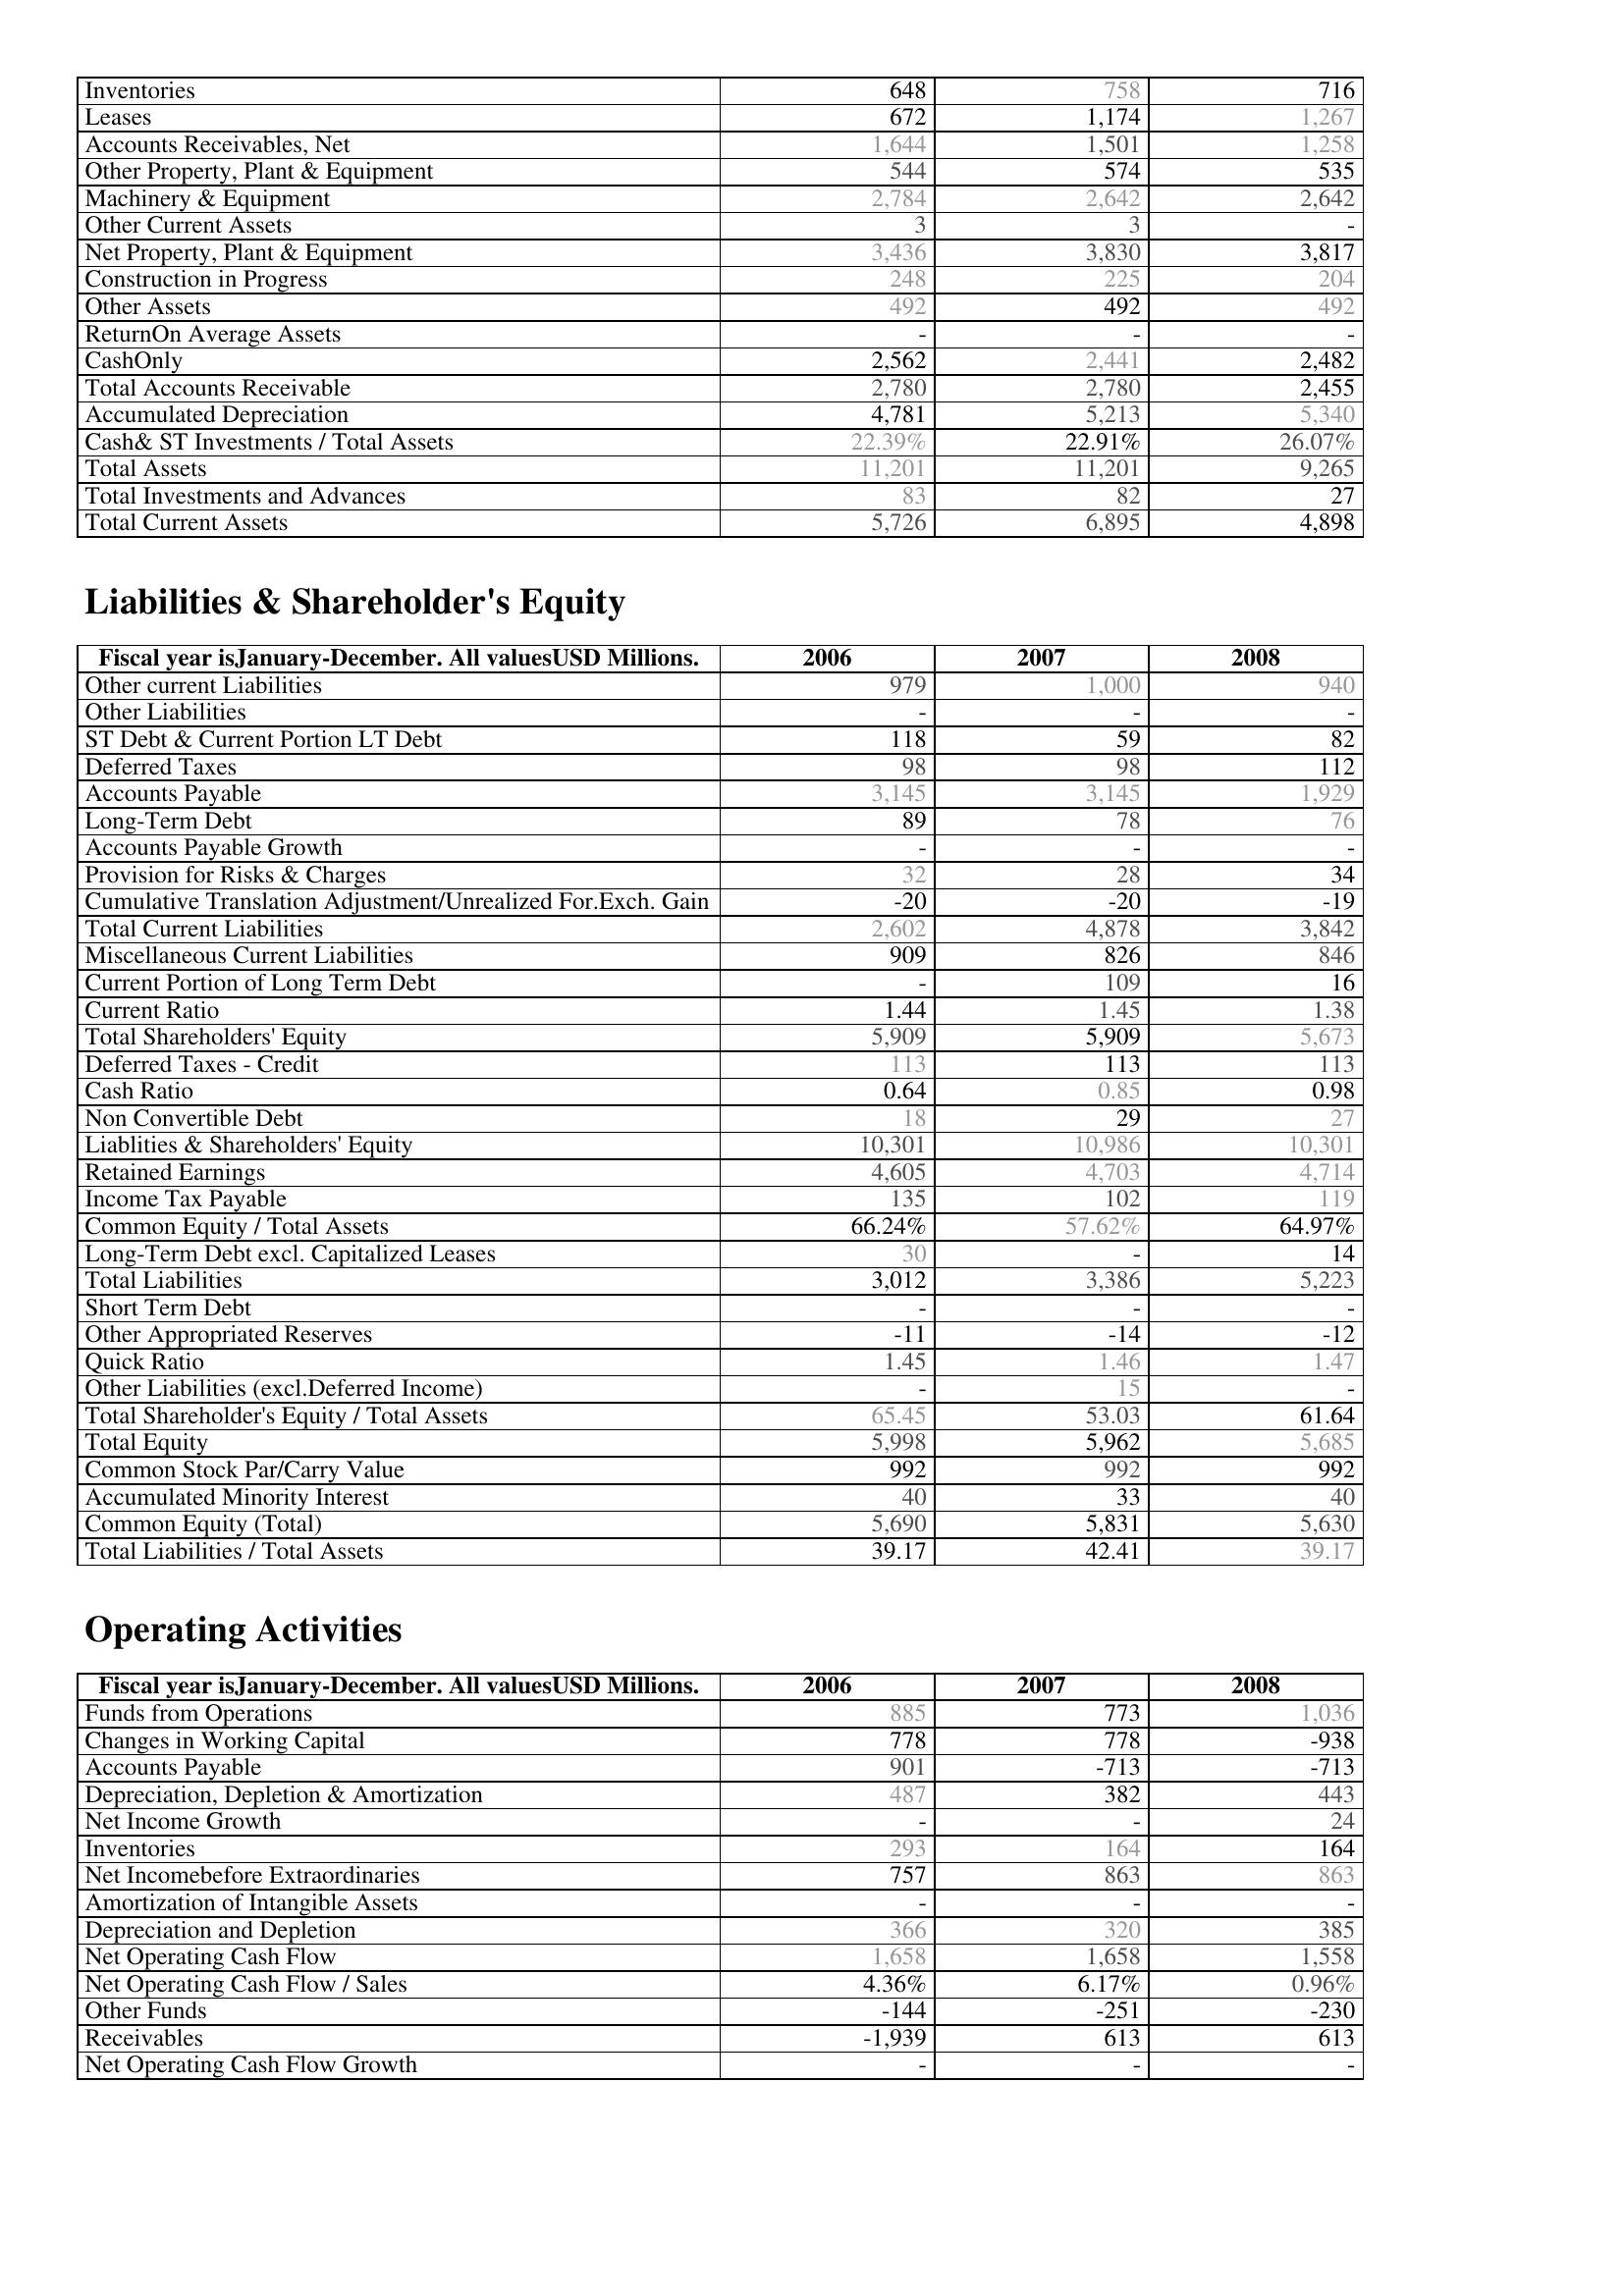
2006: Assets: Inventories: 648
Leases: 672
Accounts Receivables, Net: 1,644
Other Property, Plant & Equipment: 544
Machinery & Equipment: 2,784
Other Current Assets: 3
Net Property, Plant & Equipment: 3,436
Construction in Progress: 248
Other Assets: 492
ReturnOn Average Assets: -
CashOnly: 2,562
Total Accounts Receivable: 2,780
Accumulated Depreciation: 4,781
Cash& ST Investments / Total Assets: 22.39%
Total Assets: 11,201
Total Investments and Advances: 83
Total Current Assets: 5,726
Liabilities & Shareholder's Equity: Other current Liabilities: 979
Other Liabilities: -
ST Debt & Current Portion LT Debt: 118
Deferred Taxes: 98
Accounts Payable: 3,145
Long-Term Debt: 89
Accounts Payable Growth: -
Provision for Risks & Charges: 32
Cumulative Translation Adjustment/Unrealized For.Exch. Gain: -20
Total Current Liabilities: 2,602
Miscellaneous Current Liabilities: 909
Current Portion of Long Term Debt: -
Current Ratio: 1.44
Total Shareholders' Equity: 5,909
Deferred Taxes - Credit: 113
Cash Ratio: 0.64
Non Convertible Debt: 18
Liablities & Shareholders' Equity: 10,301
Retained Earnings: 4,605
Income Tax Payable: 135
Common Equity / Total Assets: 66.24%
Long-Term Debt excl. Capitalized Leases: 30
Total Liabilities: 3,012
Short Term Debt: -
Other Appropriated Reserves: -11
Quick Ratio: 1.45
Other Liabilities (excl.Deferred Income): -
Total Shareholder's Equity / Total Assets: 65.45
Total Equity: 5,998
Common Stock Par/Carry Value: 992
Accumulated Minority Interest: 40
Common Equity (Total): 5,690
Total Liabilities / Total Assets: 39.17
Operating Activities: Funds from Operations: 885
Changes in Working Capital: 778
Accounts Payable: 901
Depreciation, Depletion & Amortization: 487
Net Income Growth: -
Inventories: 293
Net Incomebefore Extraordinaries: 757
Amortization of Intangible Assets: -
Depreciation and Depletion: 366
Net Operating Cash Flow: 1,658
Net Operating Cash Flow / Sales: 4.36%
Other Funds: -144
Receivables: -1,939
Net Operating Cash Flow Growth: -
2007: Assets: Inventories: 758
Leases: 1,174
Accounts Receivables, Net: 1,501
Other Property, Plant & Equipment: 574
Machinery & Equipment: 2,642
Other Current Assets: 3
Net Property, Plant & Equipment: 3,830
Construction in Progress: 225
Other Assets: 492
ReturnOn Average Assets: -
CashOnly: 2,441
Total Accounts Receivable: 2,780
Accumulated Depreciation: 5,213
Cash& ST Investments / Total Assets: 22.91%
Total Assets: 11,201
Total Investments and Advances: 82
Total Current Assets: 6,895
Liabilities & Shareholder's Equity: Other current Liabilities: 1,000
Other Liabilities: -
ST Debt & Current Portion LT Debt: 59
Deferred Taxes: 98
Accounts Payable: 3,145
Long-Term Debt: 78
Accounts Payable Growth: -
Provision for Risks & Charges: 28
Cumulative Translation Adjustment/Unrealized For.Exch. Gain: -20
Total Current Liabilities: 4,878
Miscellaneous Current Liabilities: 826
Current Portion of Long Term Debt: 109
Current Ratio: 1.45
Total Shareholders' Equity: 5,909
Deferred Taxes - Credit: 113
Cash Ratio: 0.85
Non Convertible Debt: 29
Liablities & Shareholders' Equity: 10,986
Retained Earnings: 4,703
Income Tax Payable: 102
Common Equity / Total Assets: 57.62%
Long-Term Debt excl. Capitalized Leases: -
Total Liabilities: 3,386
Short Term Debt: -
Other Appropriated Reserves: -14
Quick Ratio: 1.46
Other Liabilities (excl.Deferred Income): 15
Total Shareholder's Equity / Total Assets: 53.03
Total Equity: 5,962
Common Stock Par/Carry Value: 992
Accumulated Minority Interest: 33
Common Equity (Total): 5,831
Total Liabilities / Total Assets: 42.41
Operating Activities: Funds from Operations: 773
Changes in Working Capital: 778
Accounts Payable: -713
Depreciation, Depletion & Amortization: 382
Net Income Growth: -
Inventories: 164
Net Incomebefore Extraordinaries: 863
Amortization of Intangible Assets: -
Depreciation and Depletion: 320
Net Operating Cash Flow: 1,658
Net Operating Cash Flow / Sales: 6.17%
Other Funds: -251
Receivables: 613
Net Operating Cash Flow Growth: -
2008: Assets: Inventories: 716
Leases: 1,267
Accounts Receivables, Net: 1,258
Other Property, Plant & Equipment: 535
Machinery & Equipment: 2,642
Other Current Assets: -
Net Property, Plant & Equipment: 3,817
Construction in Progress: 204
Other Assets: 492
ReturnOn Average Assets: -
CashOnly: 2,482
Total Accounts Receivable: 2,455
Accumulated Depreciation: 5,340
Cash& ST Investments / Total Assets: 26.07%
Total Assets: 9,265
Total Investments and Advances: 27
Total Current Assets: 4,898
Liabilities & Shareholder's Equity: Other current Liabilities: 940
Other Liabilities: -
ST Debt & Current Portion LT Debt: 82
Deferred Taxes: 112
Accounts Payable: 1,929
Long-Term Debt: 76
Accounts Payable Growth: -
Provision for Risks & Charges: 34
Cumulative Translation Adjustment/Unrealized For.Exch. Gain: -19
Total Current Liabilities: 3,842
Miscellaneous Current Liabilities: 846
Current Portion of Long Term Debt: 16
Current Ratio: 1.38
Total Shareholders' Equity: 5,673
Deferred Taxes - Credit: 113
Cash Ratio: 0.98
Non Convertible Debt: 27
Liablities & Shareholders' Equity: 10,301
Retained Earnings: 4,714
Income Tax Payable: 119
Common Equity / Total Assets: 64.97%
Long-Term Debt excl. Capitalized Leases: 14
Total Liabilities: 5,223
Short Term Debt: -
Other Appropriated Reserves: -12
Quick Ratio: 1.47
Other Liabilities (excl.Deferred Income): -
Total Shareholder's Equity / Total Assets: 61.64
Total Equity: 5,685
Common Stock Par/Carry Value: 992
Accumulated Minority Interest: 40
Common Equity (Total): 5,630
Total Liabilities / Total Assets: 39.17
Operating Activities: Funds from Operations: 1,036
Changes in Working Capital: -938
Accounts Payable: -713
Depreciation, Depletion & Amortization: 443
Net Income Growth: 24
Inventories: 164
Net Incomebefore Extraordinaries: 863
Amortization of Intangible Assets: -
Depreciation and Depletion: 385
Net Operating Cash Flow: 1,558
Net Operating Cash Flow / Sales: 0.96%
Other Funds: -230
Receivables: 613
Net Operating Cash Flow Growth: -